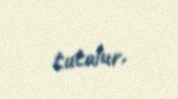
tutulur.